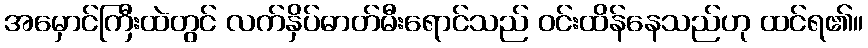
အမှောင်ကြီးထဲတွင် လက်နှိပ်ဓာတ်မီးရောင်သည် ဝင်းထိန်နေသည်ဟု ထင်ရ၏။